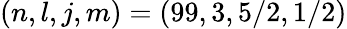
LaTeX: (n,l,j,m)=(99,3,5/2,1/2)